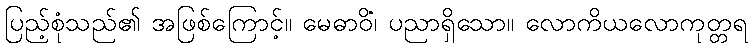
ပြည့်စုံသည်၏ အဖြစ်ကြောင့်။ မေဓာဝိံ၊ ပညာရှိသော။ လောကိယလောကုတ္တရ